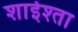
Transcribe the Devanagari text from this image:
शाईश्ता